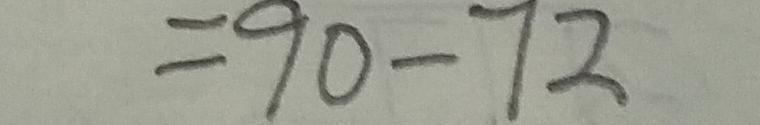
= 9 0 - 7 2